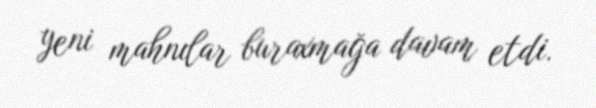
yeni mahnılar buraxmağa davam etdi.